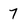
Character: 7